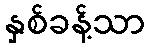
နှစ်ခန့်သာ